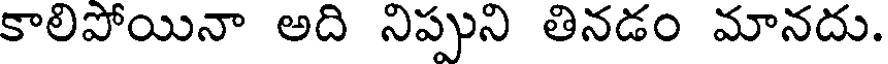
కాలిపోయినా అది నిప్పుని తినడం మానదు.